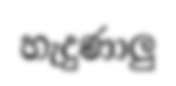
හැදුණාලු